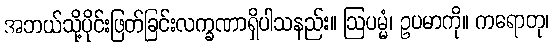
အဘယ်သို့ပိုင်းဖြတ်ခြင်းလက္ခဏာရှိပါသနည်း။ ဩပမ္မံ၊ ဥပမာကို။ ကရောတု၊